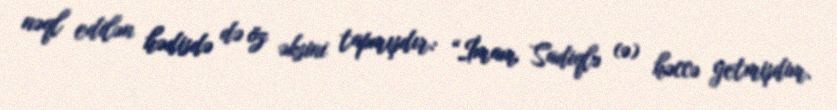
nəql edilən hədisdə də öz əksini tapmışdır: “İmam Sadiqlə (ə) həccə getmişdim.